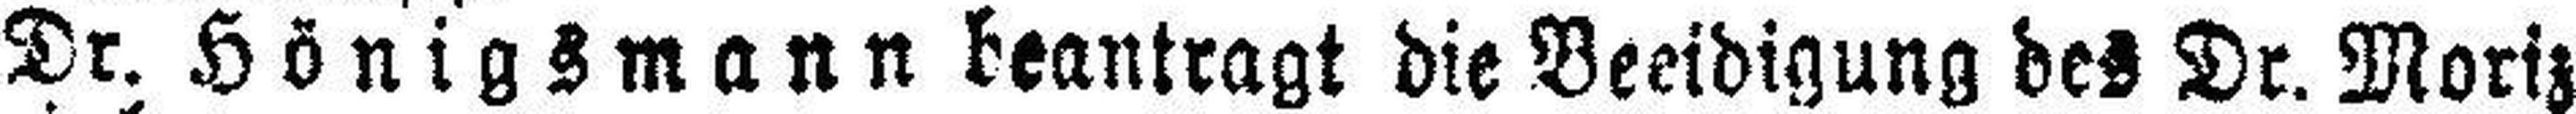
Dr. Hönigsmann beantragt die Beeidigung des Dr. Moriz